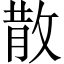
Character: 散